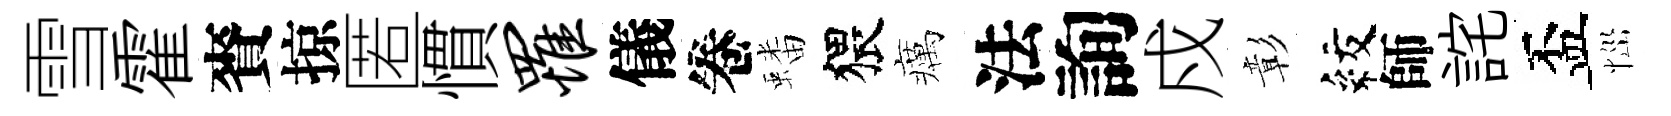
雪霍賚掠匿慣罹儀卷蟠猥癘法詢戍彰紋師詫盃𢙉